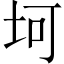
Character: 坷